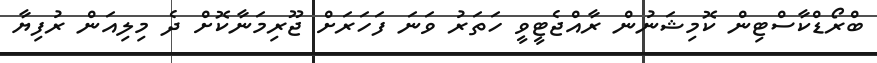
ބްރޯޑްކާސްޓިން ކޮމިޝަނުން ރާއްޖެޓީވީ ހަތަރު ވަނަ ފަހަރަށް ޖޫރިމަނާކޮށް ދެ މިލިއަން ރުފިޔާ